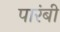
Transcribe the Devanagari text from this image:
पारंबी